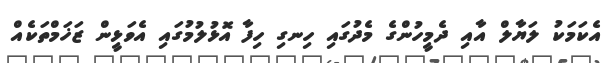
އެކަމަކު ލަޔާލް އާއި ދެމީހުންގެ މެދުގައި ހިނގި ހިފާ އޮޅުލުމުގައި އެވަޅީން ޒަޚަމްތަކެއް